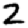
Digit: 2